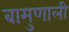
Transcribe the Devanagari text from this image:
बामुणाली